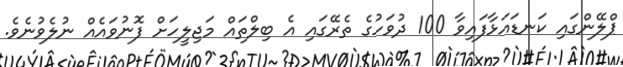
ޕްލޭންގައި ކަނޑައަޅާފައިވާ 100 ދުވަހުގެ ތެރޭގައި އެ ބިލްތައް މަޖިލީހަށް ފޮނުވައެއް ނުލެވުނެވެ.